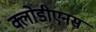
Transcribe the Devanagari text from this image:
क्लोडीएनस